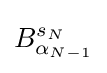
B_{\alpha _{N-1}}^{s_{N}}